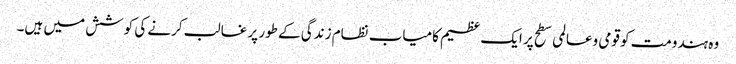
وہ ہندومت کو قومی وعالمی سطح پر ایک عظیم کامیاب نظام زندگی کے طور پر غالب کرنے کی کوشش میں ہیں۔